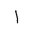
Letter: _alif